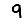
Digit: 9